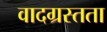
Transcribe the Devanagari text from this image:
वादग्रस्तता